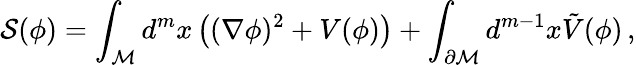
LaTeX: {\cal S}(\phi)=\int_{\cal M}d^{m}x\left((\nabla\phi)^{2}+V(\phi)\right)+\int_{\partial{\cal M}}d^{m-1}x\tilde{V}(\phi)\, ,